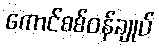
ကောင်စစ်ဝန်ချုပ်